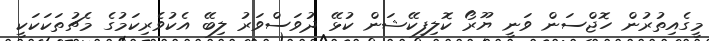
މީގެއިތުރުން ހޮޖްސަން ވަނީ ޔޫރޯ ކޮލިފިކޭޝަން ކުޅޭ ދުވަސްވަރު ލިބޭ އެކުވެރިކަމުގެ މެޗުތަކަކަކީ